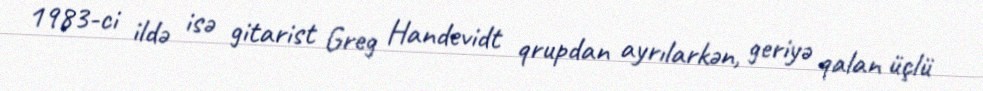
1983-ci ildə isə gitarist Greg Handevidt qrupdan ayrılarkən, geriyə qalan üçlü